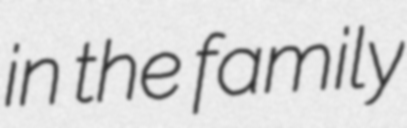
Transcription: in the family